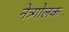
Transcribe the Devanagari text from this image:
नेत्र्गोलक